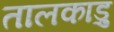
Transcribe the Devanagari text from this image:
तालकाड़ु